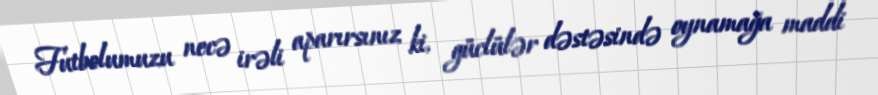
Futbolumuzu necə irəli aparırsınız ki, güclülər dəstəsində oynamağa maddi